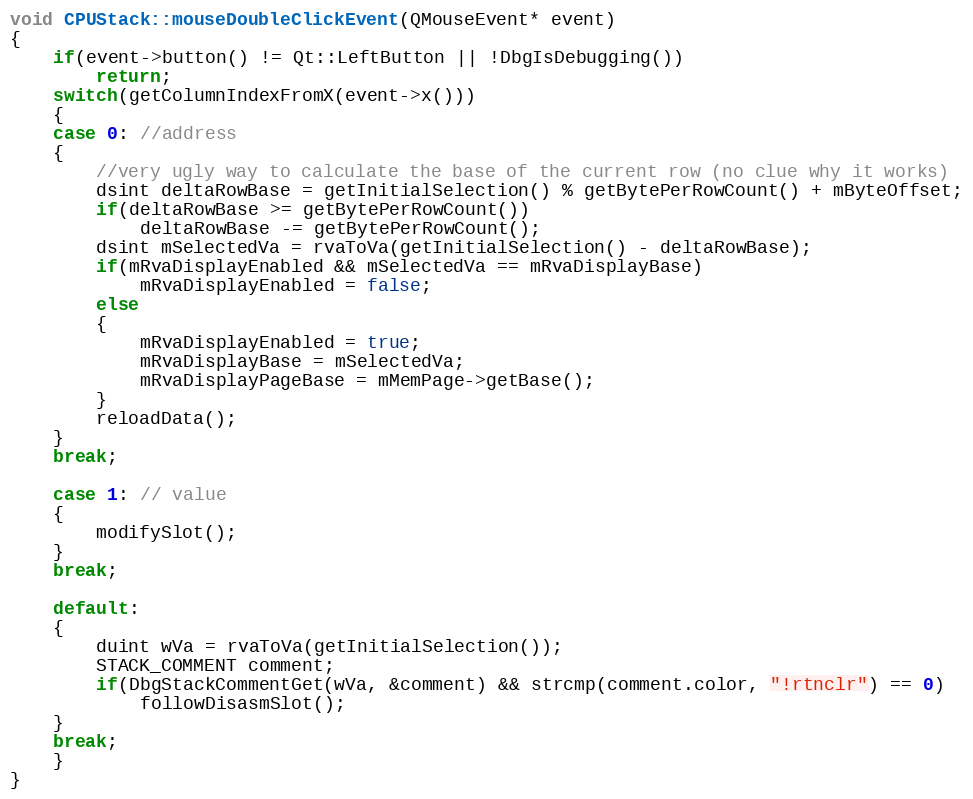
Language: C++
void CPUStack::mouseDoubleClickEvent(QMouseEvent* event)
{
    if(event->button() != Qt::LeftButton || !DbgIsDebugging())
        return;
    switch(getColumnIndexFromX(event->x()))
    {
    case 0: //address
    {
        //very ugly way to calculate the base of the current row (no clue why it works)
        dsint deltaRowBase = getInitialSelection() % getBytePerRowCount() + mByteOffset;
        if(deltaRowBase >= getBytePerRowCount())
            deltaRowBase -= getBytePerRowCount();
        dsint mSelectedVa = rvaToVa(getInitialSelection() - deltaRowBase);
        if(mRvaDisplayEnabled && mSelectedVa == mRvaDisplayBase)
            mRvaDisplayEnabled = false;
        else
        {
            mRvaDisplayEnabled = true;
            mRvaDisplayBase = mSelectedVa;
            mRvaDisplayPageBase = mMemPage->getBase();
        }
        reloadData();
    }
    break;

    case 1: // value
    {
        modifySlot();
    }
    break;

    default:
    {
        duint wVa = rvaToVa(getInitialSelection());
        STACK_COMMENT comment;
        if(DbgStackCommentGet(wVa, &comment) && strcmp(comment.color, "!rtnclr") == 0)
            followDisasmSlot();
    }
    break;
    }
}